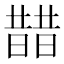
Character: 𣊣